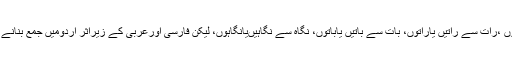
جیسے عورت سے عورتیں یاعورتوں ،رات سے راتیں یاراتوں، بات سے باتیں یاباتوں، نگاہ سے نگاہیںیانگاہوں، لیکن فارسی اورعربی کے زیراثر اردومیں جمع بنانے کے کچھ اور طریقے بھی رائج ہیں۔